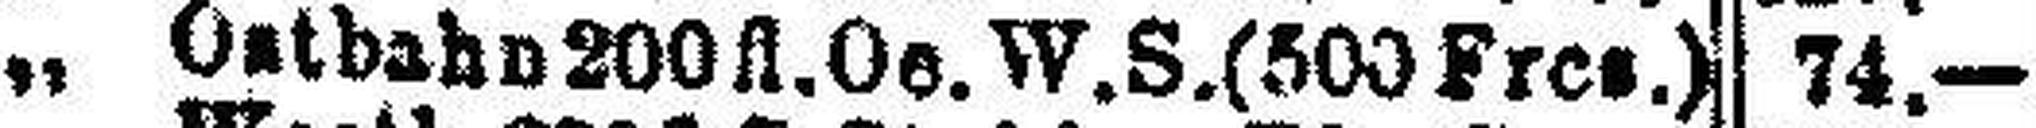
„ Ostbahn 200 fl. Oe.W. S.(500 Fres.)